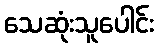
သေဆုံးသူပေါင်း